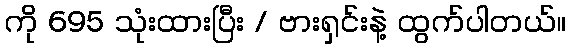
ကို 695 သုံးထားပြီး / ဗားရှင်းနဲ့ ထွက်ပါတယ်။